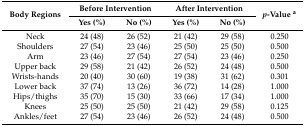
<table><thead><tr><td rowspan="2"><b>Body Regions</b></td><td colspan="2"><b>Before Intervention</b></td><td colspan="2"><b>After Intervention</b></td><td rowspan="2"><b><i>p</i>-Value <sup>a</sup></b></td></tr><tr><td><b>Yes (%)</b></td><td><b>No (%)</b></td><td><b>Yes (%)</b></td><td><b>No (%)</b></td></tr></thead><tbody><tr><td>Neck</td><td>24 (48)</td><td>26 (52)</td><td>21 (42)</td><td>29 (58)</td><td>0.250</td></tr><tr><td>Shoulders</td><td>27 (54)</td><td>23 (46)</td><td>25 (50)</td><td>25 (50)</td><td>0.500</td></tr><tr><td>Arm</td><td>23 (46)</td><td>27 (54)</td><td>27 (54)</td><td>23 (46)</td><td>0.250</td></tr><tr><td>Upper back</td><td>29 (58)</td><td>21 (42)</td><td>26 (52)</td><td>24 (48)</td><td>0.500</td></tr><tr><td>Wrists-hands</td><td>20 (40)</td><td>30 (60)</td><td>19 (38)</td><td>31 (62)</td><td>0.301</td></tr><tr><td>Lower back</td><td>37 (74)</td><td>13 (26)</td><td>36 (72)</td><td>14 (28)</td><td>1.000</td></tr><tr><td>Hips/thighs</td><td>35 (70)</td><td>15 (30)</td><td>33 (66)</td><td>17 (34)</td><td>1.000</td></tr><tr><td>Knees</td><td>25 (50)</td><td>25 (50)</td><td>21 (42)</td><td>29 (58)</td><td>0.125</td></tr><tr><td>Ankles/feet</td><td>27 (54)</td><td>23 (46)</td><td>26 (52)</td><td>24 (48)</td><td>0.500</td></tr></tbody></table>